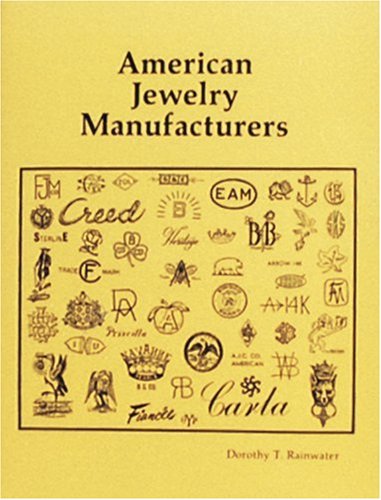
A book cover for American Jewelry Manufacturers; Dorothy T. Rainwater; Business & Money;